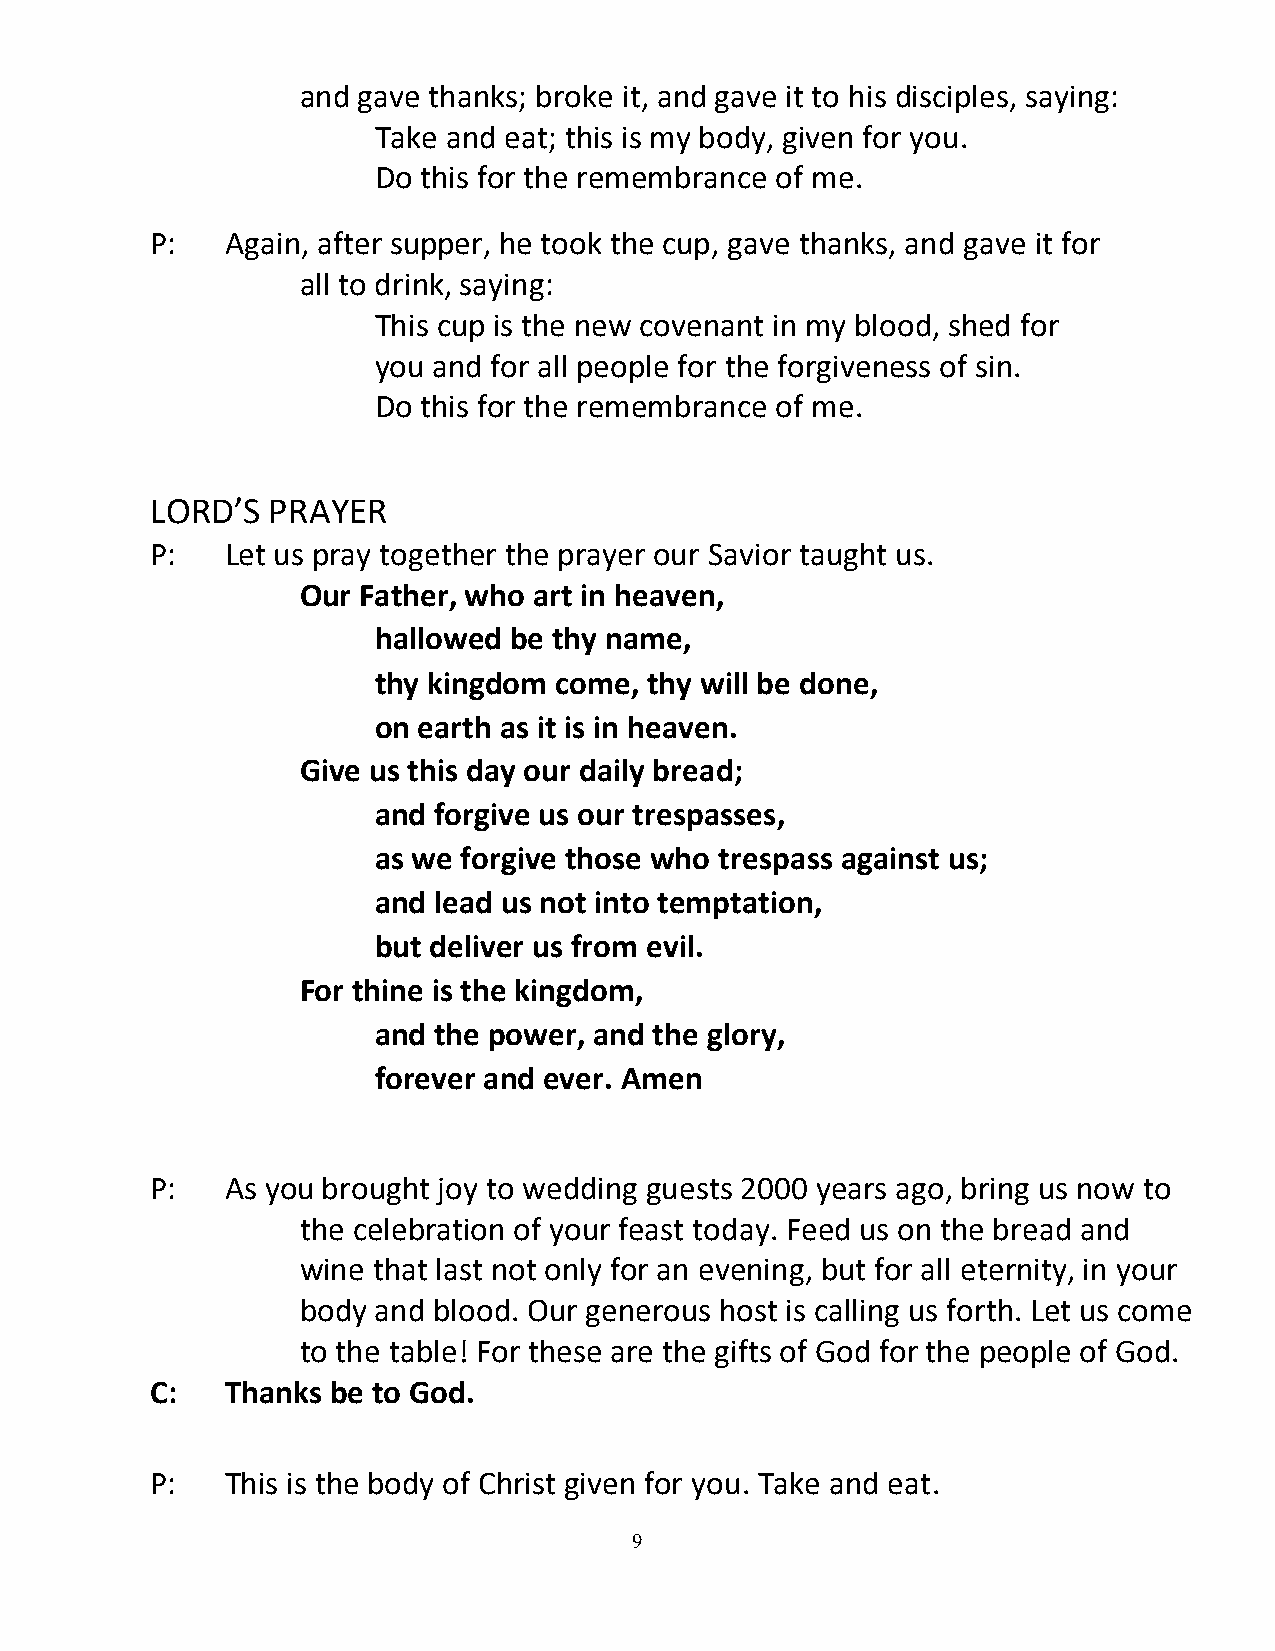
and gave thanks; broke it, and gave it to his disciples, saying:
 Take and eat; this is my body, given for you.
 Do this for the remembrance of me.
 P:   Again, after supper, he took the cup, gave thanks, and gave it for
 all to drink, saying:
 This cup is the new covenant in my blood, shed for
 you and for all people for the forgiveness of sin.
 Do this for the remembrance of me.
 LORD’S  PRAYER
 P:   Let us pray together the prayer our Savior taught us.
 Our Father, who art in heaven,
 hallowed be thy name,
 thy kingdom come, thy will be done,
 on earth as it is in heaven.
 Give us this day our daily bread;
 and forgive us our trespasses,
 as we forgive those who trespass against us;
 and lead us not into temptation,
 but deliver us from evil.
 For thine is the kingdom,
 and the power, and the glory,
 forever and ever. Amen
 P:   As you brought joy to wedding guests 2000 years ago, bring us now to
 the celebration of your feast today. Feed us on the bread and
 wine that last not only for an evening, but for all eternity, in your
 body and blood. Our generous host is calling us forth. Let us come
 to the table! For these are the gifts of God for the people of God.
 C:   Thanks be to God.
 P:   This is the body of Christ given for you. Take and eat.
 9